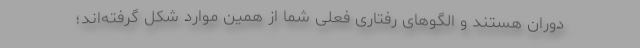
دوران هستند و الگوهای رفتاری فعلی شما از همین موارد شکل گرفته‌اند؛